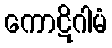
ကောဋိဂါမံ